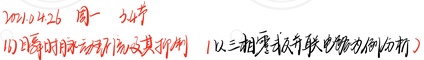
2024.4.26 周一 5 - 6节(1) 同步时序逻辑电路及其分析  (以三相零式并联电路为例分析)